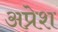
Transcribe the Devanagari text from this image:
अप्रेश